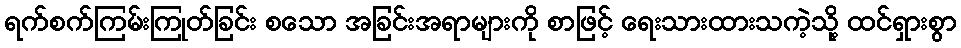
ရက်စက်ကြမ်းကြုတ်ခြင်း စသော အခြင်းအရာများကို စာဖြင့် ရေးသားထားသကဲ့သို့ ထင်ရှားစွာ